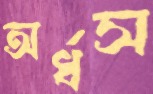
অর্ধস